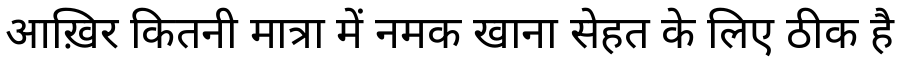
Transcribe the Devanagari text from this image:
आख़िर कितनी मात्रा में नमक खाना सेहत के लिए ठीक है